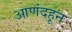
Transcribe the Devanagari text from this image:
आणंदहून